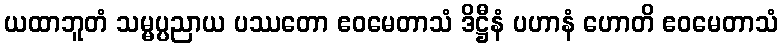
ယထာဘူတံ သမ္မပ္ပညာယ ပဿတော ဧဝမေတာသံ ဒိဋ္ဌီနံ ပဟာနံ ဟောတိ ဧဝမေတာသံ